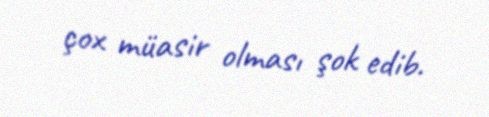
çox müasir olması şok edib.